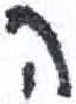
אות: ה